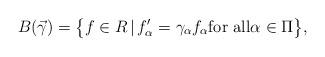
LaTeX: \begin{align*}B(\vec{\gamma}) =\bigl\{f \in R \,|\, f'_{\alpha} = \gamma_\alpha f_\alpha \mbox{\rm for all}\alpha \in \Pi\bigr\},\end{align*}